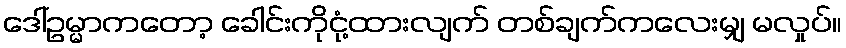
ဒေါ်ဥမ္မာကတော့ ခေါင်းကိုငုံ့ထားလျက် တစ်ချက်ကလေးမျှ မလှုပ်။